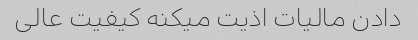
دادن مالیات اذیت میکنه کیفیت عالى